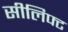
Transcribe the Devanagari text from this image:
सीलिफ्ट